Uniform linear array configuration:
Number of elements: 32
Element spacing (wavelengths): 0.5
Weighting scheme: hann
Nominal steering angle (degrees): -15
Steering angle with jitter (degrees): -13.543
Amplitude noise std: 0.05
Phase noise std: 0.05

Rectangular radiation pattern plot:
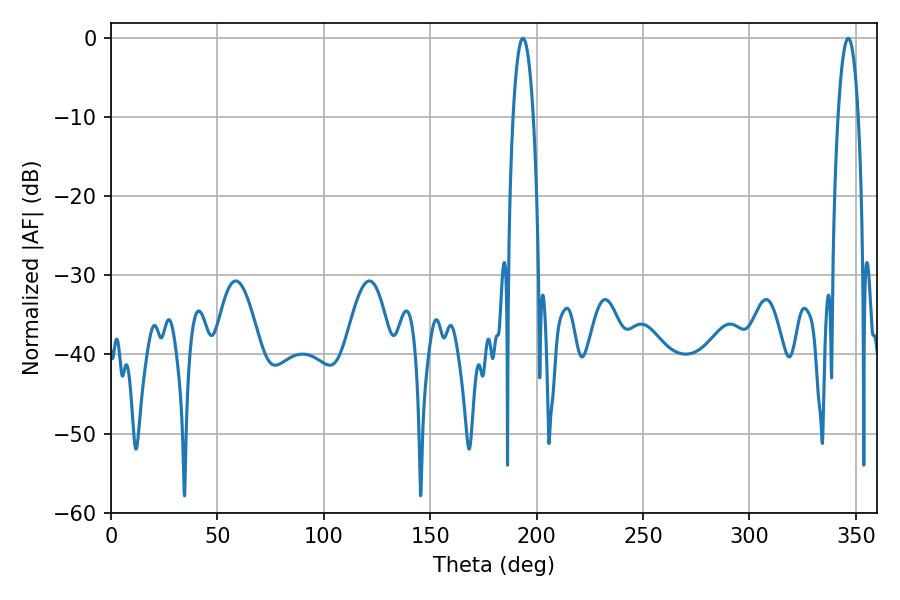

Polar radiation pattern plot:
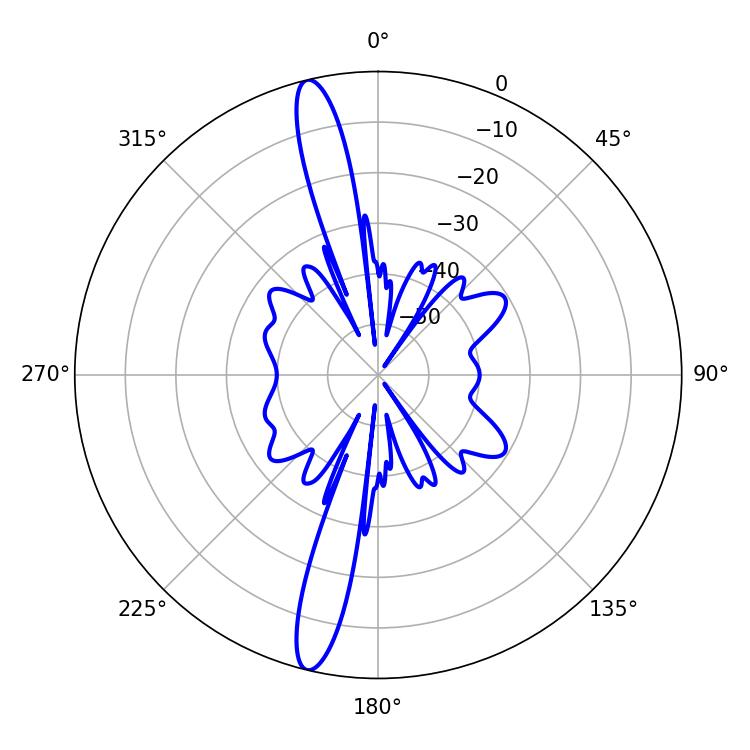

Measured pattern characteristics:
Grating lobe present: FALSE
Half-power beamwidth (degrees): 5.22
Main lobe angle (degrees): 193.5